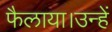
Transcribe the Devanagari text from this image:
फैलाया।उन्हें